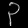
Digit: ၃